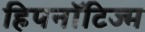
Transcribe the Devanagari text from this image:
हिपनॉटिज्म